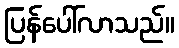
ပြန်ပေါ်လာသည်။